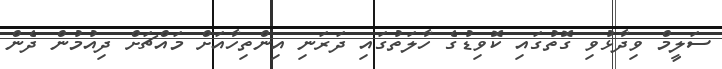
ސަލީމް ވިދާޅުވި ގޮތުގައި ކޮވިޑުގެ ހާލަތުގައި ދަރަނި އިންތިހާއަށް މައްޗަށް ދިއުމުން ދެން